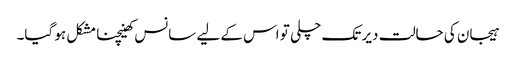
ہیجان کی حالت دیر تک چلی تو اس کے لیے سانس کھینچنا مشکل ہو گیا۔